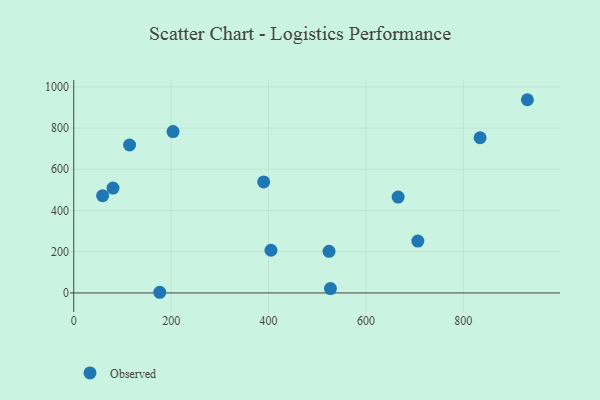
{"axis": {"x": "Study Hours", "y": "Profit"}, "legend": ["Observed"], "data": [{"x": "931.5", "y": 937.6, "type": "Observed"}, {"x": "80.6", "y": 508.9, "type": "Observed"}, {"x": "59.3", "y": 472.1, "type": "Observed"}, {"x": "834.4", "y": 753.1, "type": "Observed"}, {"x": "203.9", "y": 783.2, "type": "Observed"}, {"x": "524.2", "y": 201.9, "type": "Observed"}, {"x": "176.6", "y": 3.2, "type": "Observed"}, {"x": "114.6", "y": 718.0, "type": "Observed"}, {"x": "390.0", "y": 538.5, "type": "Observed"}, {"x": "405.0", "y": 207.2, "type": "Observed"}, {"x": "666.1", "y": 465.3, "type": "Observed"}, {"x": "706.6", "y": 251.6, "type": "Observed"}, {"x": "527.1", "y": 21.1, "type": "Observed"}]}